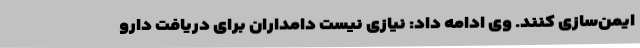
ایمن‌سازی کنند. وی ادامه داد: نیازی نیست دامداران برای دریافت دارو